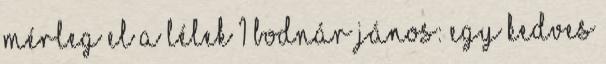
Mérleg el a lélek 1 Bodnár János: Egy kedves